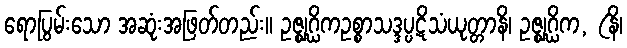
ရောပြွမ်းသော အဆုံးအဖြတ်တည်း။ ဥဇ္ဈဂ္ဃိကဥစ္စာသဒ္ဒပ္ပဋိသံယုတ္တာနိ၊ ဥဇ္ဈဂ္ဃိက, (နိ၊